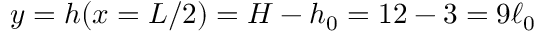
y = h ( x = L / 2 ) = H - h _ { 0 } = 1 2 - 3 = 9 \ell _ { 0 }